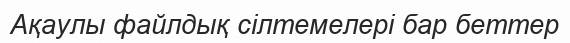
Ақаулы файлдық сілтемелері бар беттер